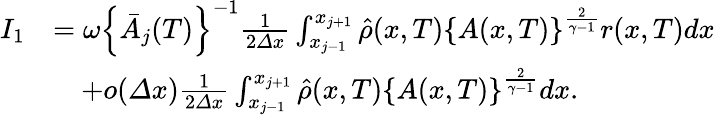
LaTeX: \begin{array}{rl}{I_{1}}&{=\omega\left\{ \bar{A}_{j}(T)\right\} ^{-1}\frac 1{2{\varDelta}x}\int_{x_{j-1}}^{x_{j+1}}\hat{\rho}(x,T)\left\{ A(x,T)\right\} ^{\frac{2}{\gamma-1}}r(x,T)dx}\\ &{\quad+o({\varDelta}x)\frac 1{2{\varDelta}x}\int_{x_{j-1}}^{x_{j+1}}\hat{\rho}(x,T)\left\{ A(x,T)\right\} ^{\frac{2}{\gamma-1}}dx.}\end{array}